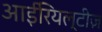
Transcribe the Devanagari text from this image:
आईरियल्टीज़